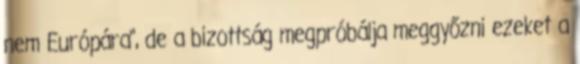
nem Európára", de a bizottság megpróbálja meggyőzni ezeket a